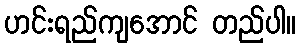
ဟင်းရည်ကျအောင် တည်ပါ။